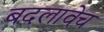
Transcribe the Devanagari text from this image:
बदलावेच